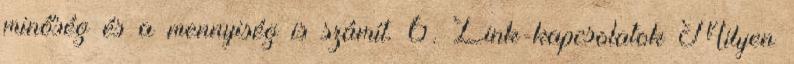
minőség és a mennyiség is számít. 6. Link-kapcsolatok Milyen